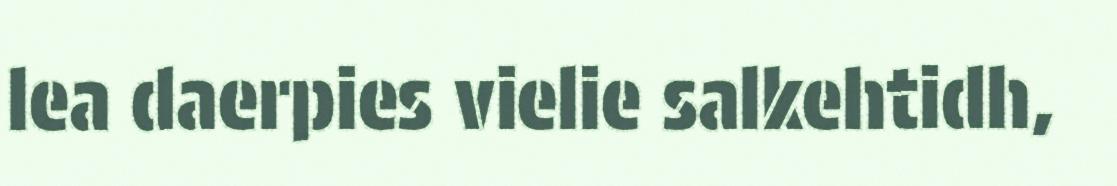
lea daerpies vielie salkehtidh,